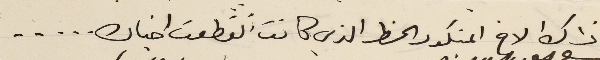
ذاك الاخ المنكور الخط الذي كانت انقطعت اخباره . . . . .